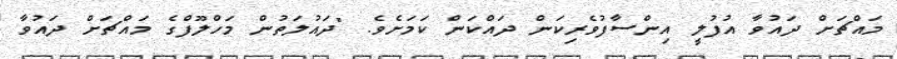
މައްޗަށް ދައުވާ އުފުލީ އިންސާފުވެރިކަން ދައްކަން ކަމަށެވެ. "ދައުލަތުން މަހްލޫފްގެ މައްޗަށް ދައުވާ